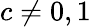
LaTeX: c\neq 0,1